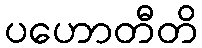
ပဟောတီတိ